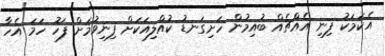
އެކަމަކު ފިނި އެއްޗެއް ބުއިމުން ހަށިގަނޑު ކުއްލިއަކަށް ފިނިވުމަށް ފަހު ހަމަ އެހާ